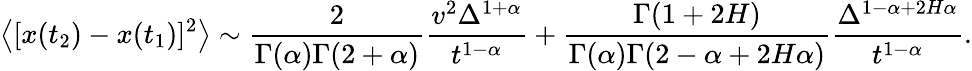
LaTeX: \left<[x(t_{2})-x(t_{1})]^{2}\right>\sim\frac{2}{\Gamma(\alpha)\Gamma(2+\alpha)}\frac{v^{2}\Delta^{1+\alpha}}{t^{1-\alpha}}+\frac{\Gamma(1+2H)}{\Gamma(\alpha)\Gamma(2-\alpha+2H\alpha)}\frac{\Delta^{1-\alpha+2H\alpha}}{t^{1-\alpha}}.